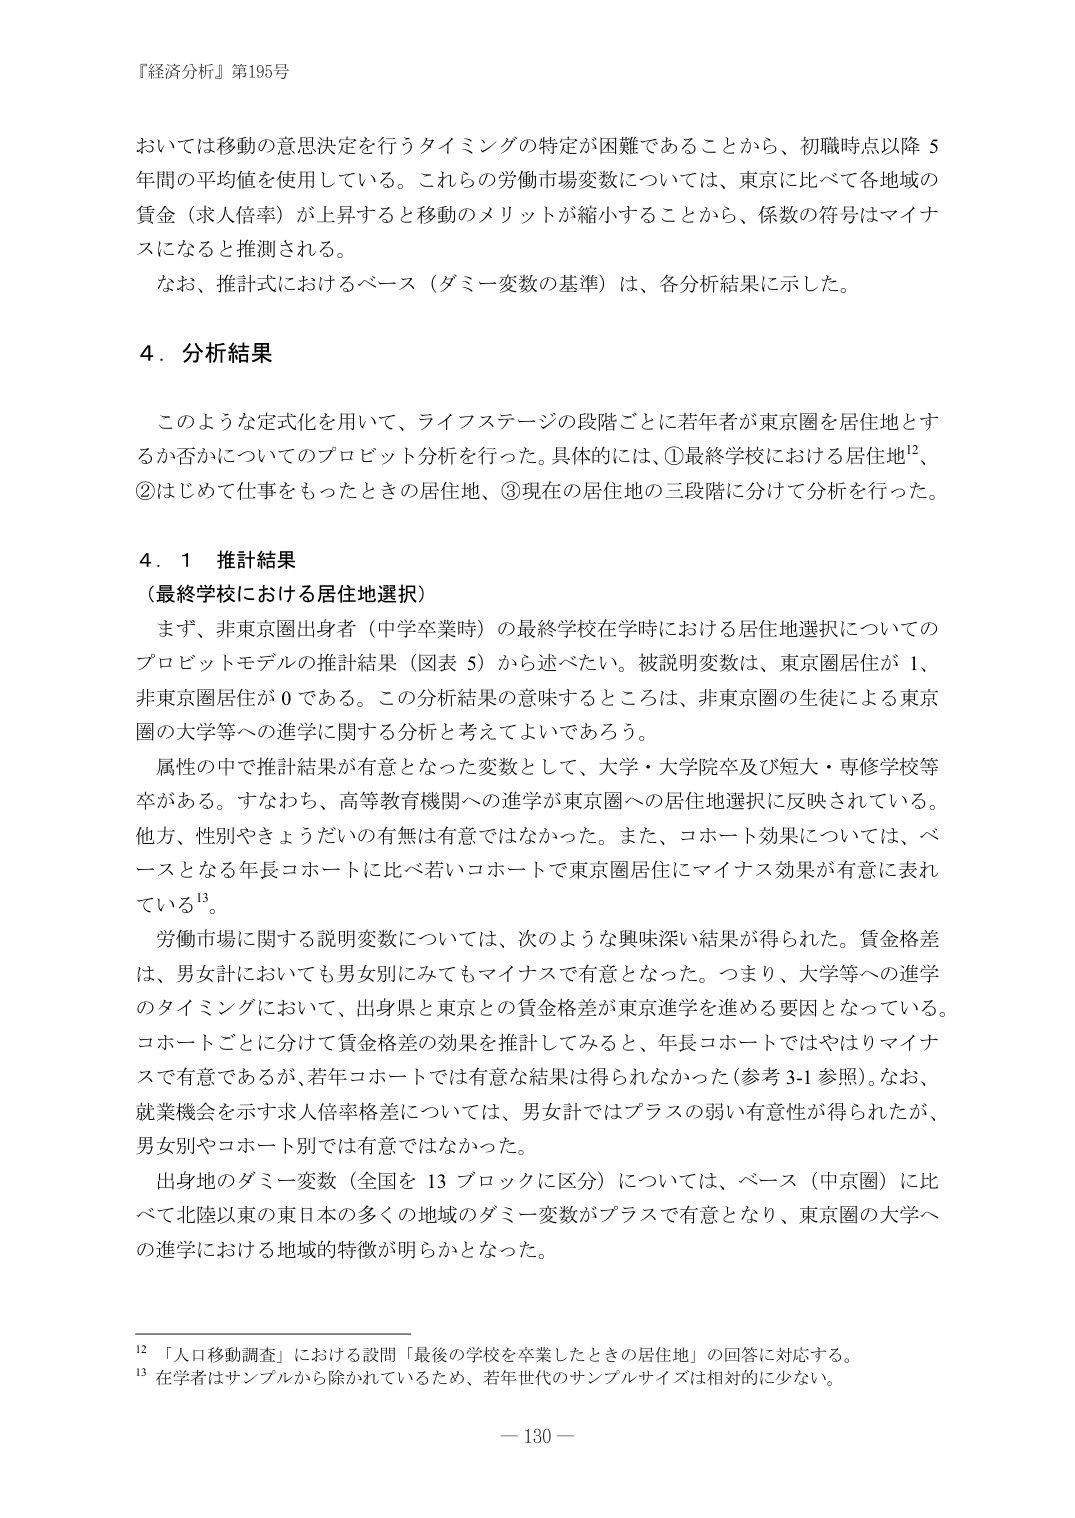
『経済分析』第195号

おいては移動の意思決定を行うタイミングの特定が困難であることから、初職時点以降５年間の平均値を使用している。これらの労働市場変数については、東京に比べて各地域の賃金（求人倍率）が上昇すると移動のメリットが縮小することから、係数の符号はマイナスになると推測される。

なお、推計式におけるベース（ダミー変数の基準）は、各分析結果に示した。

４．分析結果

このような定式化を用いて、ライフステージの段階ごとに若年者が東京圏を居住地とするか否かについてのプロビット分析を行った。具体的には、①最終学校における居住地¹²、②はじめて仕事をもったときの居住地、③現在の居住地の三段階に分けて分析を行った。

４．１ 推計結果
（最終学校における居住地選択）

まず、非東京圏出身者（中学卒業時）の最終学校在学時における居住地選択についてのプロビットモデルの推計結果（図表５）から述べたい。被説明変数は、東京圏居住が１、非東京圏居住が０である。この分析結果の意味するところは、非東京圏の生徒による東京圏の大学等への進学に関する分析と考えてよいであろう。

属性の中で推計結果が有意となった変数として、大学・大学院卒及び短大・専修学校等卒がある。すなわち、高等教育機関への進学が東京圏への居住地選択に反映されている。他方、性別やきょうだいの有無は有意ではなかった。また、コホート効果については、ベースとなる年長コホートに比べ若いコホートで東京圏居住にマイナス効果が有意に表れている¹³。

労働市場に関する説明変数については、次のような興味深い結果が得られた。賃金格差は、男女計においても男女別にみてもマイナスで有意となった。つまり、大学等への進学のタイミングにおいて、出身県と東京との賃金格差が東京進学を進める要因となっている。コホートごとに分けて賃金格差の効果を推計してみると、年長コホートではやはりマイナスで有意であるが、若年コホートでは有意な結果は得られなかった（参考3-1参照）。なお、就業機会を示す求人倍率格差については、男女計ではプラスの弱い有意性が得られたが、男女別やコホート別では有意ではなかった。

出身地のダミー変数（全国を13ブロックに区分）については、ベース（中京圏）に比べて北陸以東の東日本の多くの地域のダミー変数がプラスで有意となり、東京圏の大学への進学における地域的特徴が明らかとなった。

¹² 「人口移動調査」における設問「最後の学校を卒業したときの居住地」の回答に対応する。
¹³ 在学者はサンプルから除かれているため、若年世代のサンプルサイズは相対的に少ない。

— 130 —